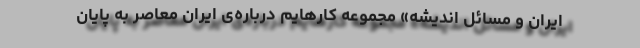
ایران و مسائل اندیشه» مجموعه کارهایم درباره‌ی ایران معاصر به پایان